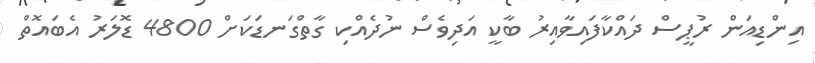
އިންޑިއަން ރުޕީސް ދައްކާފައިވާއިރު ބާކީ އަދިވެސް ނުދެއްކި ގާތްގަނޑަކަށް 4800 ޑޮލަރު އެބައޮތް